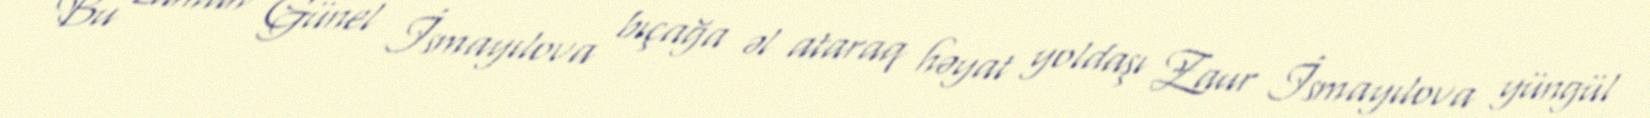
Bu zaman Günel İsmayılova bıçağa əl ataraq həyat yoldaşı Zaur İsmayılova yüngül